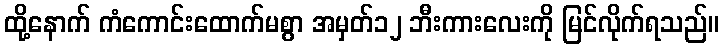
ထို့နောက် ကံကောင်းထောက်မစွာ အမှတ်၁၂ ဘီးကားလေးကို မြင်လိုက်ရသည်။